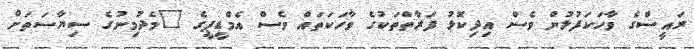
ރައީސްގެ ވާހަކަފުޅުން ވެސް އިދިކޮޅު ފަރާތްތަކުގެ ވާހަކަތައް ވެސް އެމްޑީޕީގެ "މެދުމިނުގެ ސިޔާސަތަށް